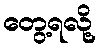
တွေ့ရလို့